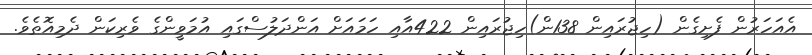
އެއަހަރުން ފެށިގެން (ހިޖުރައިން 138ން)ހިޖުރައިން 422އާއި ހަމައަށް އަންދަލުސްގައި އުމަވީންގެ ވެރިކަން ދެމިއޮތެވެ.